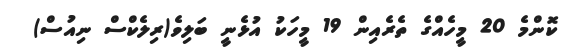
ކޮންމެ 20 މީހެއްގެ ތެރެއިން 19 މީހަކު އުޅެނީ ބަލިވެ(ރިލެކްސް ނިއުސް)